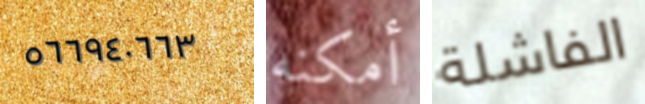
٥٦٦٩٤٠٦٦٣ أمكنه الفاشلة